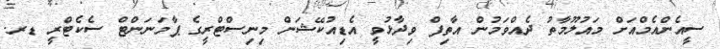
ސީއެންއެމްއަށް މައުލޫމާތު ދެއްވަމުން އާތިފް ވިދާޅުވީ އެޑިއުކޭޝަން މިނިސްޓްރީގެ ޕާމަނަންޓް ސެކެޓްރީ ޑރ.